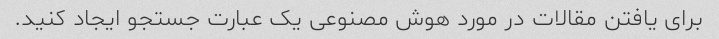
برای یافتن مقالات در مورد هوش مصنوعی یک عبارت جستجو ایجاد کنید.